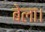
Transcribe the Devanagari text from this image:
बेला।